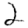
Digit: 2